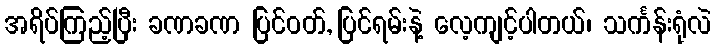
အရိပ်ကြည့်ပြီး ခဏခဏ ပြင်ဝတ်, ပြင်ရမ်းနဲ့ လေ့ကျင့်ပါတယ်၊ သင်္ကန်းရုံလဲ